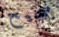
صحيح